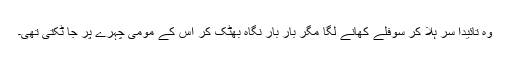
وہ تائیداً سر ہلا کر سوفلے کھانے لگا مگر بار بار نگاہ بھٹک کر اس کے مومی چہرے پر جا ٹکتی تھی۔